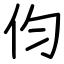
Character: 伨